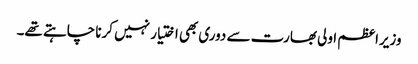
وزیراعظم اولی بھارت سے دوری بھی اختیار نہیں کرنا چاہتے تھے۔